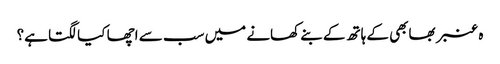
ہ عنبر بھابھی کے ہاتھ کے بنے کھانے میں سب سے اچھا کیا لگتا ہے؟